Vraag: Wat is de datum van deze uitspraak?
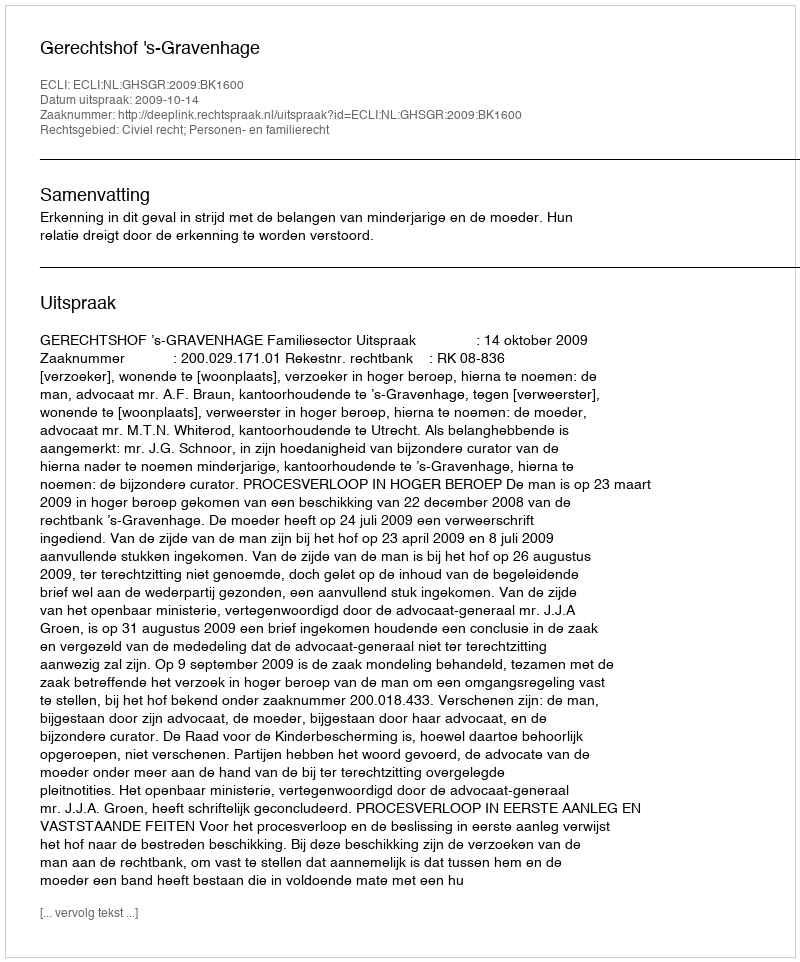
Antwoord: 2009-10-14